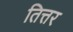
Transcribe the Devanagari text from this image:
तित्तर